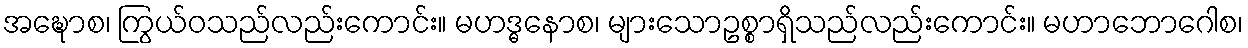
အဍ္ဎောစ၊ ကြွယ်ဝသည်လည်းကောင်း။ မဟဒ္ဓနောစ၊ များသောဥစ္စာရှိသည်လည်းကောင်း။ မဟာဘောဂေါစ၊